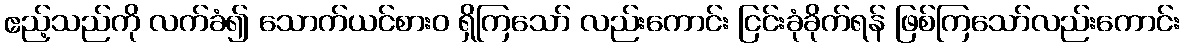
ဧည့်သည်ကို လက်ခံ၍ သောက်ယင်စားဝ ရှိကြသော် လည်းကောင်း ငြင်းခုံခိုက်ရန် ဖြစ်ကြသော်လည်းကောင်း